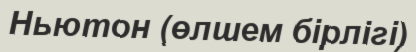
Ньютон (өлшем бірлігі)